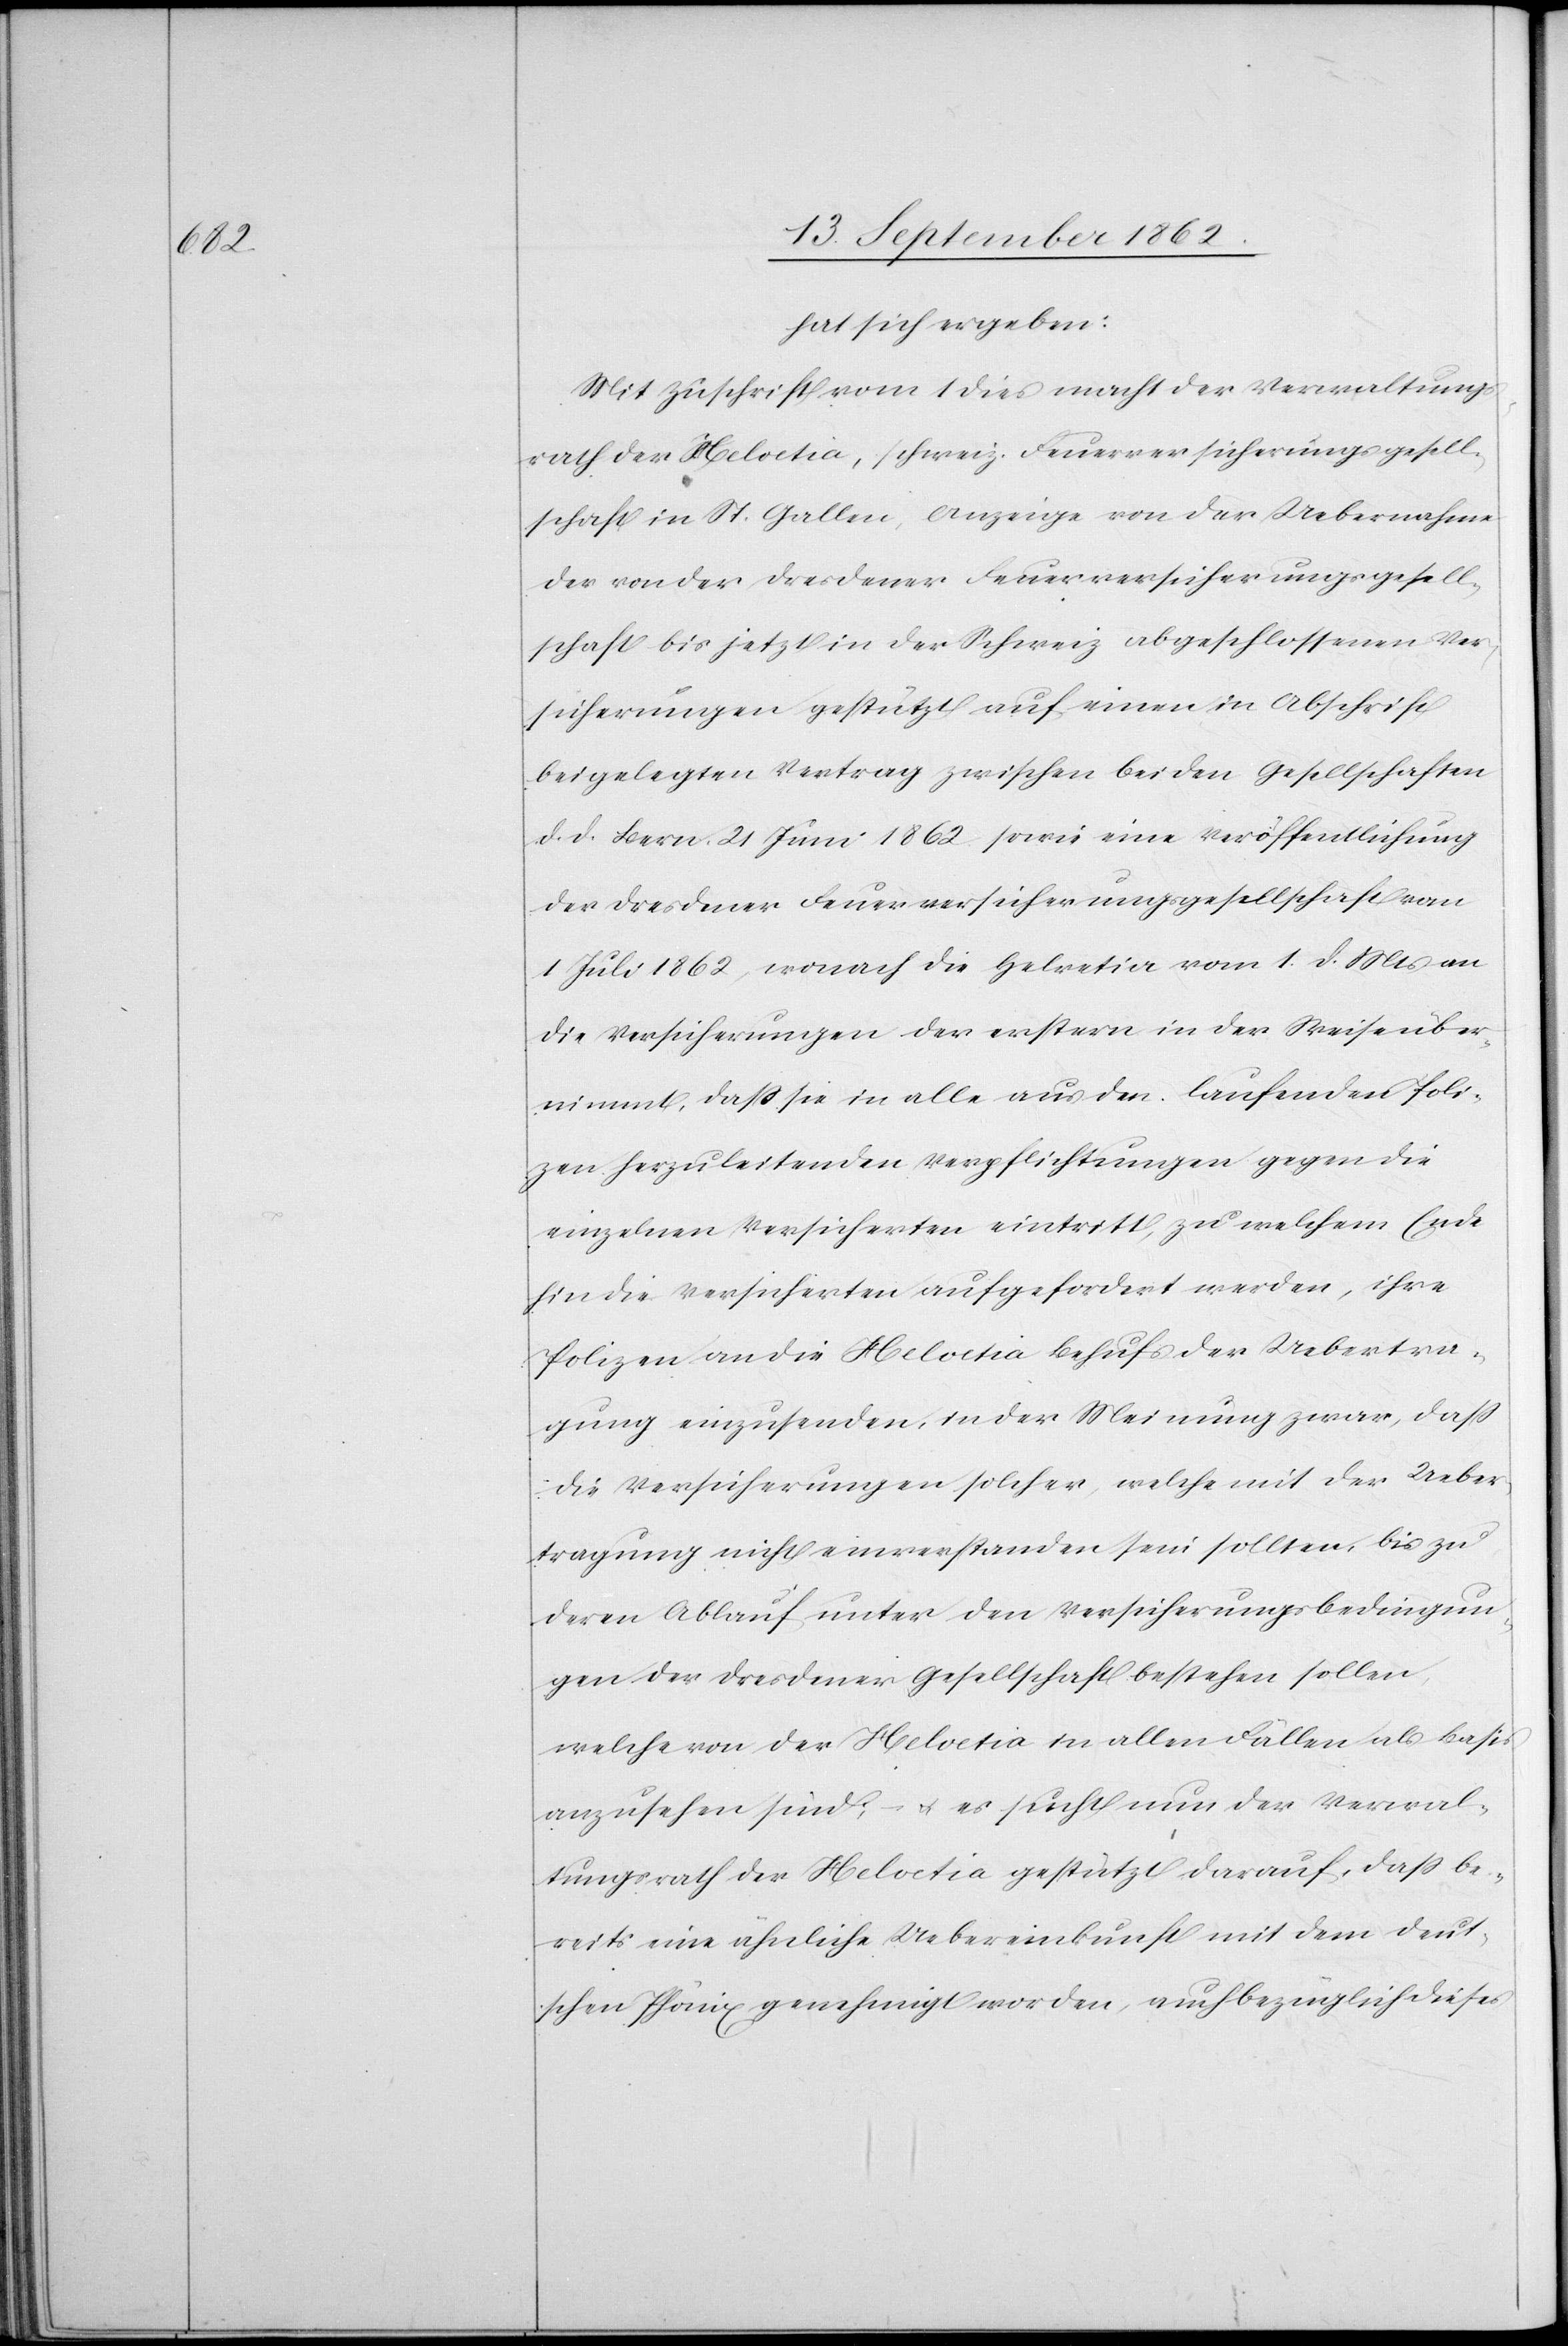
hat sich ergeben:
Mit Zuschrift vom 1. dies macht der Verwaltungs¬
rath der Helvetia, schweiz. Feuerversicherungsgesell¬
schaft in St. Gallen, Anzeige von der Uebernahme
der von der Dresdener Feuerversicherungsgesell¬
schaft bis jetzt in der Schweiz abgeschlossenen Ver¬
sicherungen gestützt auf einen in Abschrift
beigelegten Vertrag zwischen beiden Gesellschaften
d. d. Bern 21. Juni 1862 sowie eine Veröffentlichung
der Dresdener Feuerversicherungsgesellschaft von
1. Juli 1862, wonach die Helvetia vom 1. d. Mts. an
die Versicherungen der erstern in der Weise über¬
nimmt, daß sie in alle aus den laufenden Poli¬
zen herzuleitenden Verpflichtungen gegen die
einzelnen Versicherten eintritt, zu welchem Ende
hin die Versicherten aufgefordert werden, ihre
Polizen an die Helvetia behufs der Uebertra¬
gung einzusenden, in der Meinung zwar, daß
die Versicherungen solche, welche mit der Ueber¬
tragung nicht einverstanden sein sollten, bis zu
deren Ablauf unter den Versicherungsbedingun¬
gen der Dresdener Gesellschaft bestehen sollen,
welche von der Helvetia in allen Fällen als Basis
anzusehen sind; – u. es sucht nun der Verwal¬
tungsrath der Helvetia gestützt darauf, daß be¬
reits eine ähnliche Uebereinkunft mit dem deut¬
schen Phönix genehmigt worden, auch bezüglich dieses